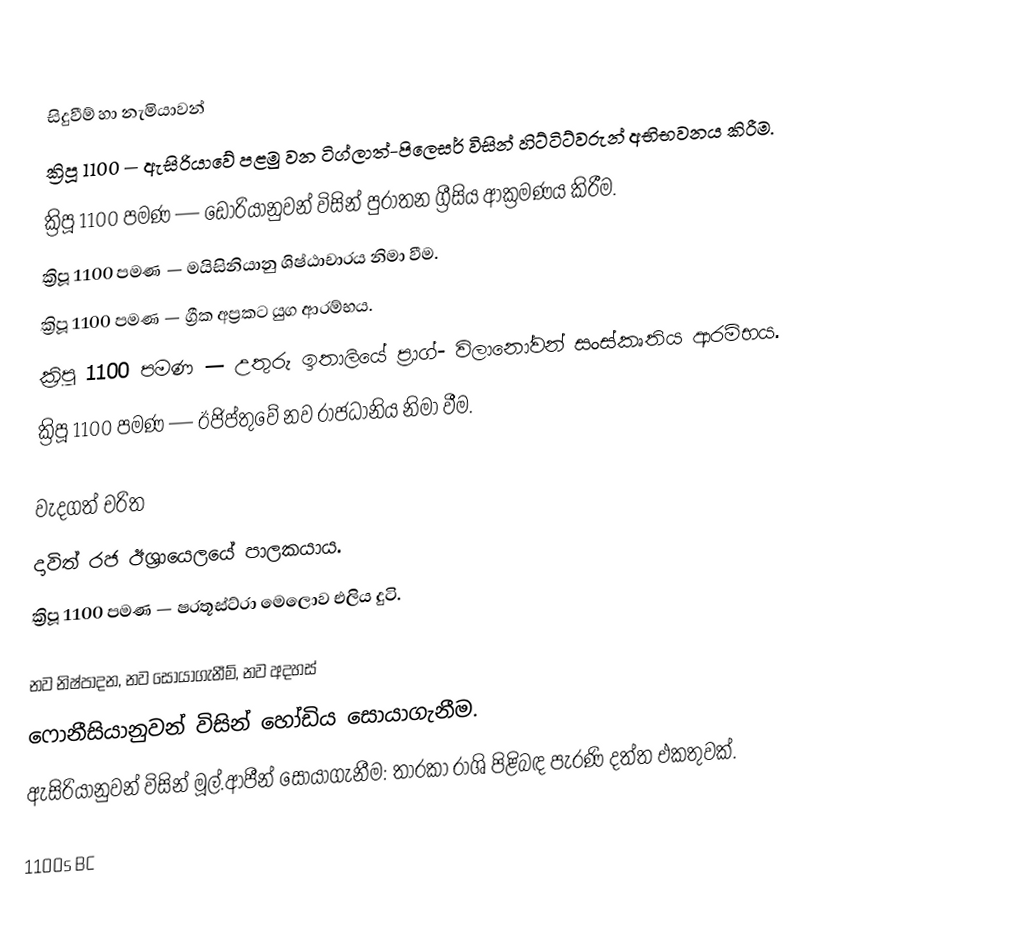

සිදුවීම් හා නැමියාවන්
ක්‍රිපූ 1100 — ඇසිරියාවේ පළමු වන ටිග්ලාත්-පිලෙසර් විසින් හිට්ටිට්වරුන් අභිභවනය කිරීම.
ක්‍රිපූ 1100 පමණ — ඩෝරියානුවන් විසින් පුරාතන ග්‍රීසිය ආක්‍රමණය කිරීම.
ක්‍රිපූ 1100 පමණ — මයිසිනියානු ශිෂ්ඨාචාරය නිමා වීම.
ක්‍රිපූ 1100 පමණ — ග්‍රීක අප්‍රකට යුග ආරම්භය.
ක්‍රිපූ 1100 පමණ — උතුරු ඉතාලියේ ප්‍රාග්- විලානෝවන් සංස්කෘතිය ආරම්භය.
ක්‍රිපූ 1100 පමණ — ඊජිප්තුවේ නව රාජධානිය නිමා වීම.

වැදගත් චරිත
 දාවිත් රජ ඊශ්‍රායෙලයේ පාලකයාය.
ක්‍රිපූ 1100 පමණ — ෂරතූස්ට්රා මෙලොව එලිය දුටි.

නව නිෂ්පාදන, නව සොයාගැනීම්, නව අදහස්
 ෆොනීසියානුවන් විසින් හෝඩිය සොයාගැනීම.
 ඇසිරියානුවන් විසින් මූල්.ආපීන් සොයාගැනීම: තාරකා රාශි පිළිබඳ පැරණි දත්ත එකතුවක්.

1100s BC